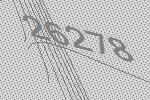
26278